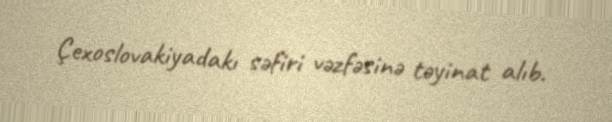
Çexoslovakiyadakı səfiri vəzfəsinə təyinat alıb.